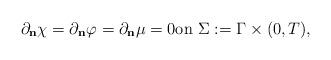
LaTeX: \begin{align*} \partial_{\bf{n}} \chi = \partial_{\bf{n}} \varphi = \partial_{\bf{n}} \mu = 0 \textrm{on $\Sigma:= \Gamma \times (0,T)$},\end{align*}